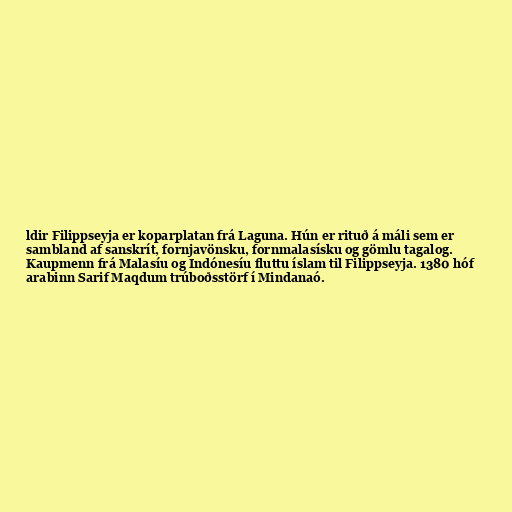
ldir Filippseyja er koparplatan frá Laguna. Hún er rituð á máli sem er
sambland af sanskrít, fornjavönsku, fornmalasísku og gömlu tagalog.
Kaupmenn frá Malasíu og Indónesíu fluttu íslam til Filippseyja. 1380 hóf
arabinn Sarif Maqdum trúboðsstörf í Mindanaó.